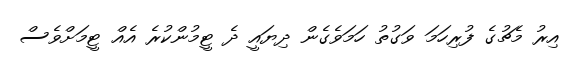
އިރު މެޗުގެ ފުރިހަމަ ވަގުތު ހަމަވެގެން ދިޔައީ ދެ ޓީމުންކުރެ އެއް ޓީމަށްވެސް